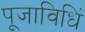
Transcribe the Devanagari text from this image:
पूजाविधिं